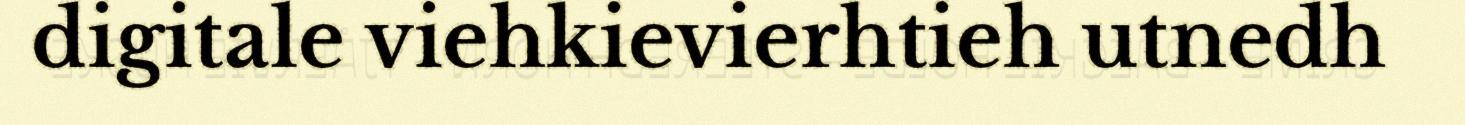
digitale viehkievierhtieh utnedh